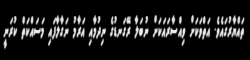
ތައްޔާރުގައެވެ. އަތްވަކަށް ވިއްސާރައަކަށް ނުބަލާ ރޭގަނޑުގެ ނިދުމާއި އަރާމު ނަގާލާފައި މަސައްކަތް ކުރަނީ